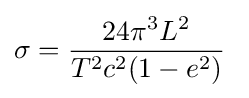
\sigma ={\frac {24\pi ^{3}L^{2}}{T^{2}c^{2}(1-e^{2})}}\